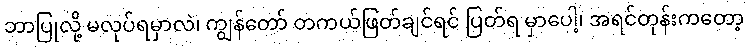
ဘာပြုလို့ မလုပ်ရမှာလဲ၊ ကျွန်တော် တကယ်ဖြတ်ချင်ရင် ပြတ်ရ မှာပေါ့၊ အရင်တုန်းကတော့